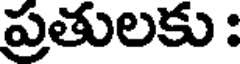
ప్రతులకు :